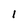
Character: 1